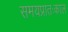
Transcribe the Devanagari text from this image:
समयप्रातःकाल